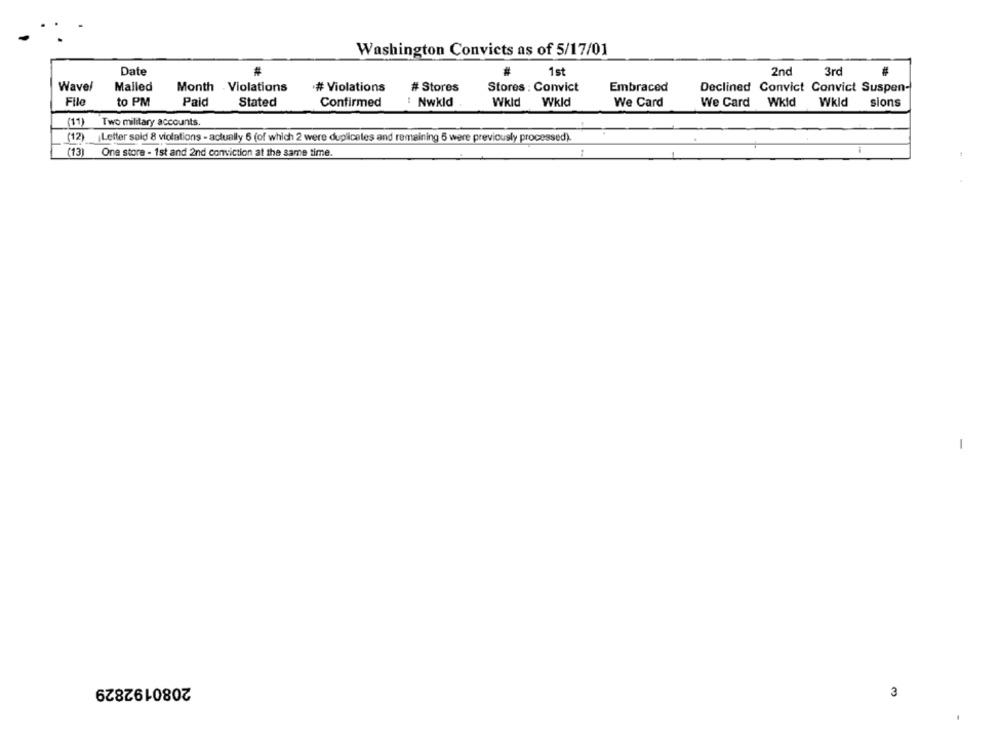
Washington Convicts as of 5/17/01
Date
#
1st
2nd
3rd
Wave/
Mailed
Month Violations
# Violations
# Stores
Stores : Convict
Embraced
Declined Convict Convict Suspen-
File
to PM
Paid
Stated
Confirmed
Nwkld
Wkld
Wkld
We Card
We Card
Wkld
Wkld
sions
(11)
Two military accounts.
(12)
Letter sold 8 violations - actually 6 (of which 2 were duplicates and remaining 6 were previously processed).
(13)
One store - 1st and 2nd conviction at the same time.
-
2080192829
3